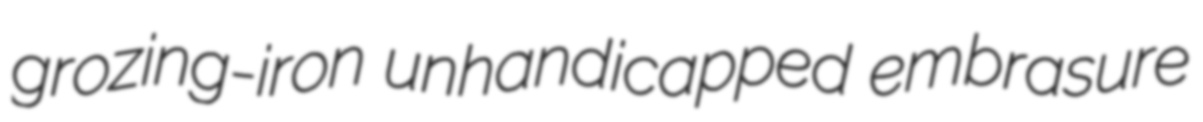
grozing-iron unhandicapped embrasure